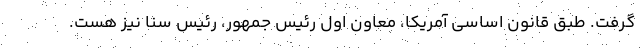
گرفت. طبق قانون اساسی آمریکا، معاون اول رئیس جمهور، رئیس سنا نیز هست.